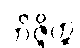
ဘိဇ္ဇိတ္ထ